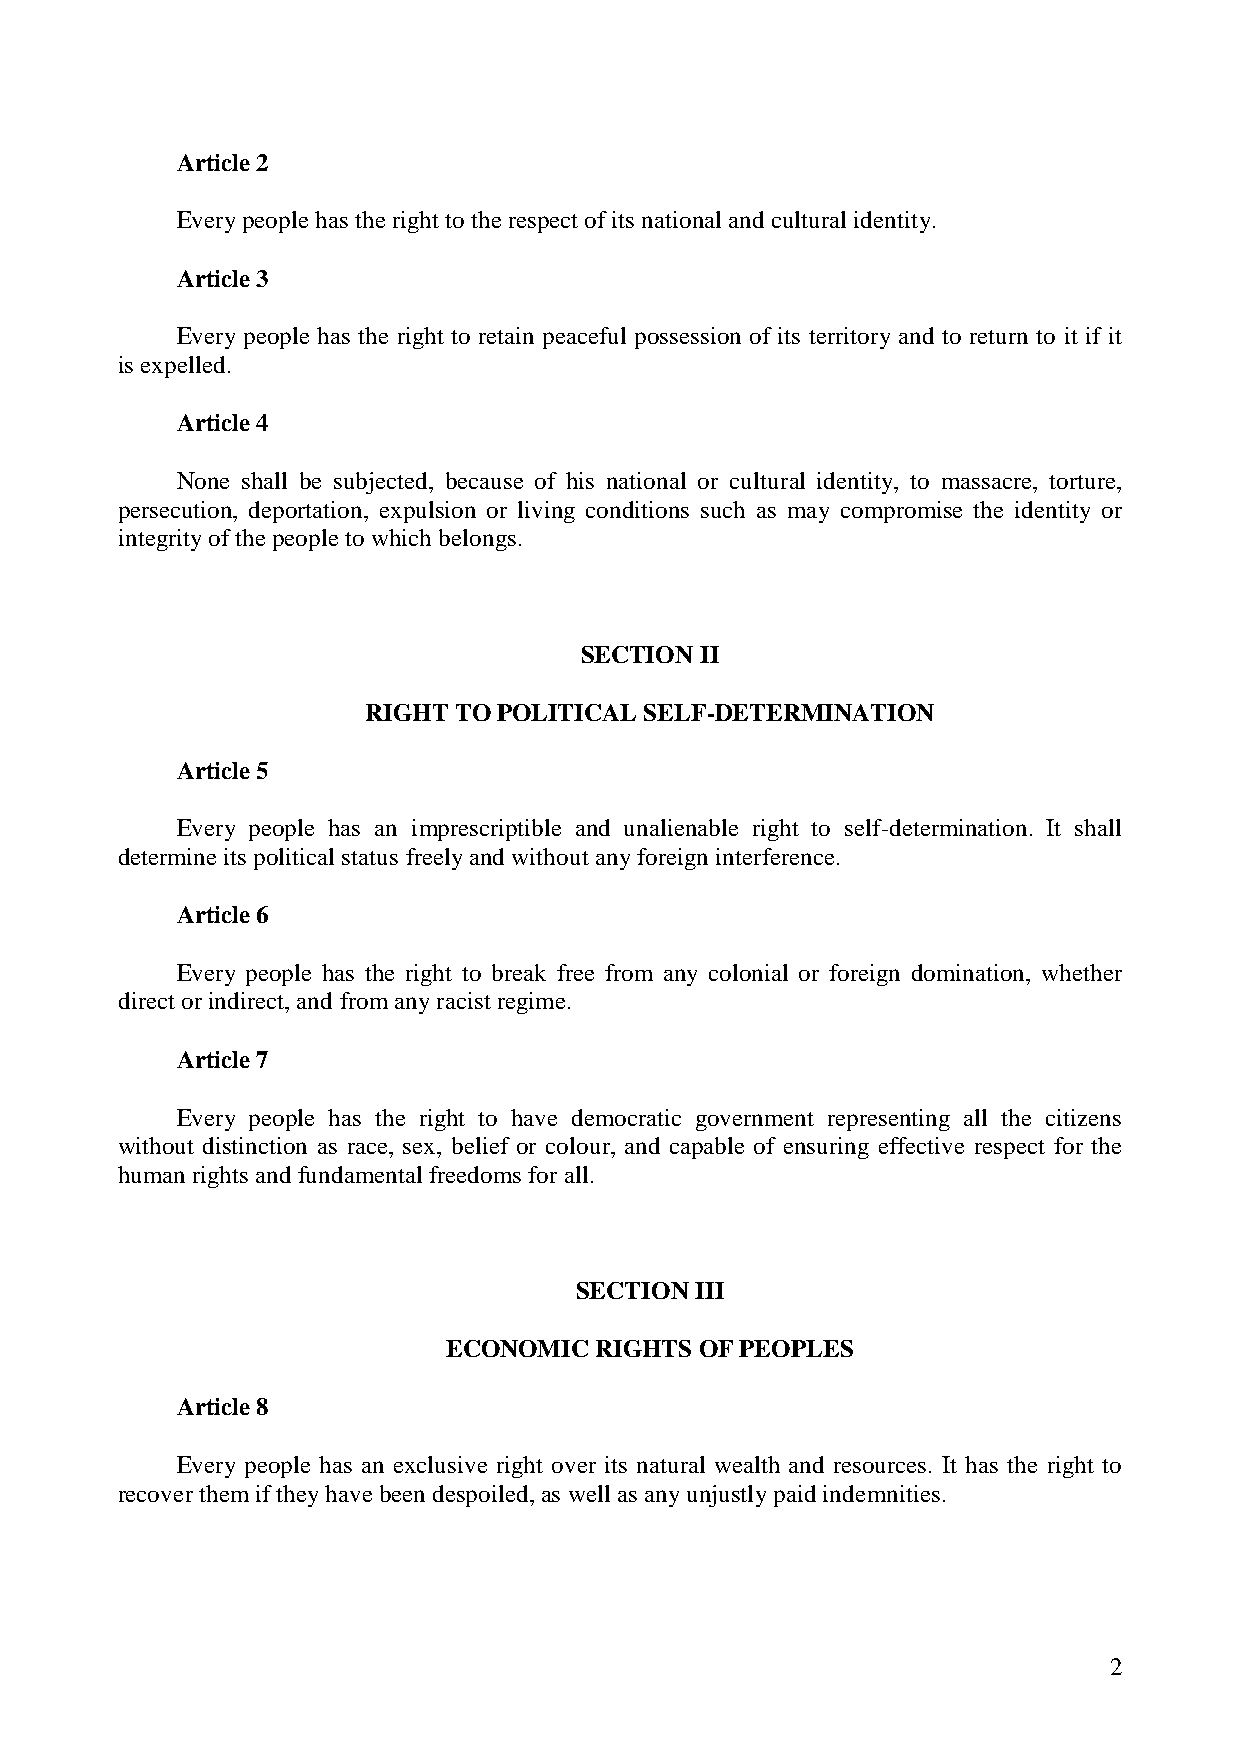
Article 2
 Every people has the right to the respect of its national and cultural identity.
 Article 3
 Every people has the right to retain peaceful possession of its territory and to return to it if it
 is expelled.
 Article 4
 None shall be subjected, because of his national or cultural identity, to massacre, torture,
 persecution, deportation, expulsion or living conditions such as may compromise the identity or
 integrity of the people to which belongs.
 SECTION II
 RIGHT TO POLITICAL SELF-DETERMINATION
 Article 5
 Every people has an imprescriptible and unalienable right to self-determination. It shall
 determine its political status freely and without any foreign interference.
 Article 6
 Every people has the right to break free from any colonial or foreign domination, whether
 direct or indirect, and from any racist regime.
 Article 7
 Every people has the right to have democratic government representing all the citizens
 without distinction as race, sex, belief or colour, and capable of ensuring effective respect for the
 human rights and fundamental freedoms for all.
 SECTION III
 ECONOMIC RIGHTS OF PEOPLES
 Article 8
 Every people has an exclusive right over its natural wealth and resources. It has the right to
 recover them if they have been despoiled, as well as any unjustly paid indemnities.
 2